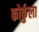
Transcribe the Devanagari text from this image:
कोर्कुला